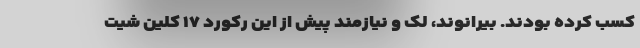
کسب کرده بودند. بیرانوند، لک و نیازمند پیش از این رکورد ۱۷ کلین شیت